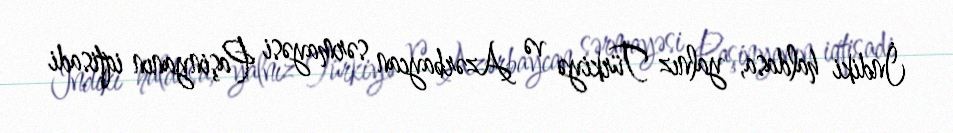
İndiki haldasa, yalnız Türkiyə və Azərbaycan sərmayəsi Paşinyanın iqtisadi